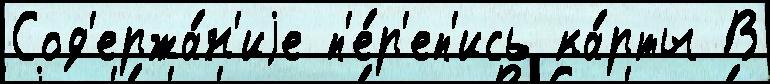
Сод'ержа́н'иjе п'е́р'еп'ись ка́рты В